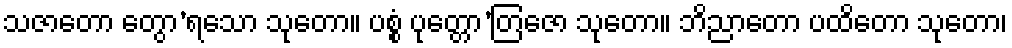
သဇာတော တွော’ရသော သုတော။ ပစ္စံ ပုတ္တော’တြဇော သုတော။ ဘိညာတော ပထိတော သုတော၊